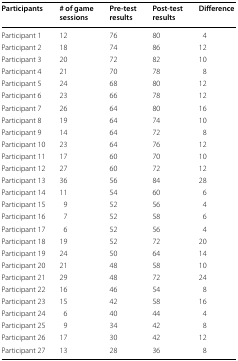
<table><thead><tr><td><b>Participants</b></td><td><b># of game sessions</b></td><td><b>Pre-test results</b></td><td><b>Post-test results</b></td><td><b>Difference</b></td></tr></thead><tbody><tr><td>Participant 1</td><td>12</td><td>76</td><td>80</td><td>4</td></tr><tr><td>Participant 2</td><td>18</td><td>74</td><td>86</td><td>12</td></tr><tr><td>Participant 3</td><td>20</td><td>72</td><td>82</td><td>10</td></tr><tr><td>Participant 4</td><td>21</td><td>70</td><td>78</td><td>8</td></tr><tr><td>Participant 5</td><td>24</td><td>68</td><td>80</td><td>12</td></tr><tr><td>Participant 6</td><td>23</td><td>66</td><td>78</td><td>12</td></tr><tr><td>Participant 7</td><td>26</td><td>64</td><td>80</td><td>16</td></tr><tr><td>Participant 8</td><td>19</td><td>64</td><td>74</td><td>10</td></tr><tr><td>Participant 9</td><td>14</td><td>64</td><td>72</td><td>8</td></tr><tr><td>Participant 10</td><td>23</td><td>64</td><td>76</td><td>12</td></tr><tr><td>Participant 11</td><td>17</td><td>60</td><td>70</td><td>10</td></tr><tr><td>Participant 12</td><td>27</td><td>60</td><td>72</td><td>12</td></tr><tr><td>Participant 13</td><td>36</td><td>56</td><td>84</td><td>28</td></tr><tr><td>Participant 14</td><td>11</td><td>54</td><td>60</td><td>6</td></tr><tr><td>Participant 15</td><td>9</td><td>52</td><td>56</td><td>4</td></tr><tr><td>Participant 16</td><td>7</td><td>52</td><td>58</td><td>6</td></tr><tr><td>Participant 17</td><td>6</td><td>52</td><td>56</td><td>4</td></tr><tr><td>Participant 18</td><td>19</td><td>52</td><td>72</td><td>20</td></tr><tr><td>Participant 19</td><td>24</td><td>50</td><td>64</td><td>14</td></tr><tr><td>Participant 20</td><td>21</td><td>48</td><td>58</td><td>10</td></tr><tr><td>Participant 21</td><td>29</td><td>48</td><td>72</td><td>24</td></tr><tr><td>Participant 22</td><td>16</td><td>46</td><td>54</td><td>8</td></tr><tr><td>Participant 23</td><td>15</td><td>42</td><td>58</td><td>16</td></tr><tr><td>Participant 24</td><td>6</td><td>40</td><td>44</td><td>4</td></tr><tr><td>Participant 25</td><td>9</td><td>34</td><td>42</td><td>8</td></tr><tr><td>Participant 26</td><td>17</td><td>30</td><td>42</td><td>12</td></tr><tr><td>Participant 27</td><td>13</td><td>28</td><td>36</td><td>8</td></tr></tbody></table>